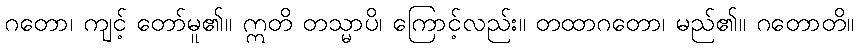
ဂတော၊ ကျင့် တော်မူ၏။ ဣတိ တသ္မာပိ၊ ကြောင့်လည်း။ တထာဂတော၊ မည်၏။ ဂတောတိ။